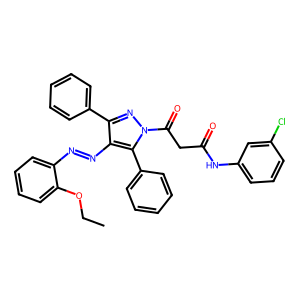
SMILES: CCOc1ccccc1N=Nc1c(-c2ccccc2)nn(C(=O)CC(=O)Nc2cccc(Cl)c2)c1-c1ccccc1
Inhibits HIV replication: No